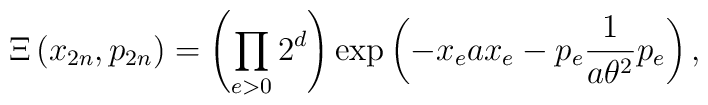
\Xi\left( x_{2n},p_{2n}\right) =\left( \prod_{e>0}2^{d}\right) \exp\left(-x_{e}ax_{e}-p_{e}\frac{1}{a\theta^{2}}p_{e}\right) ,